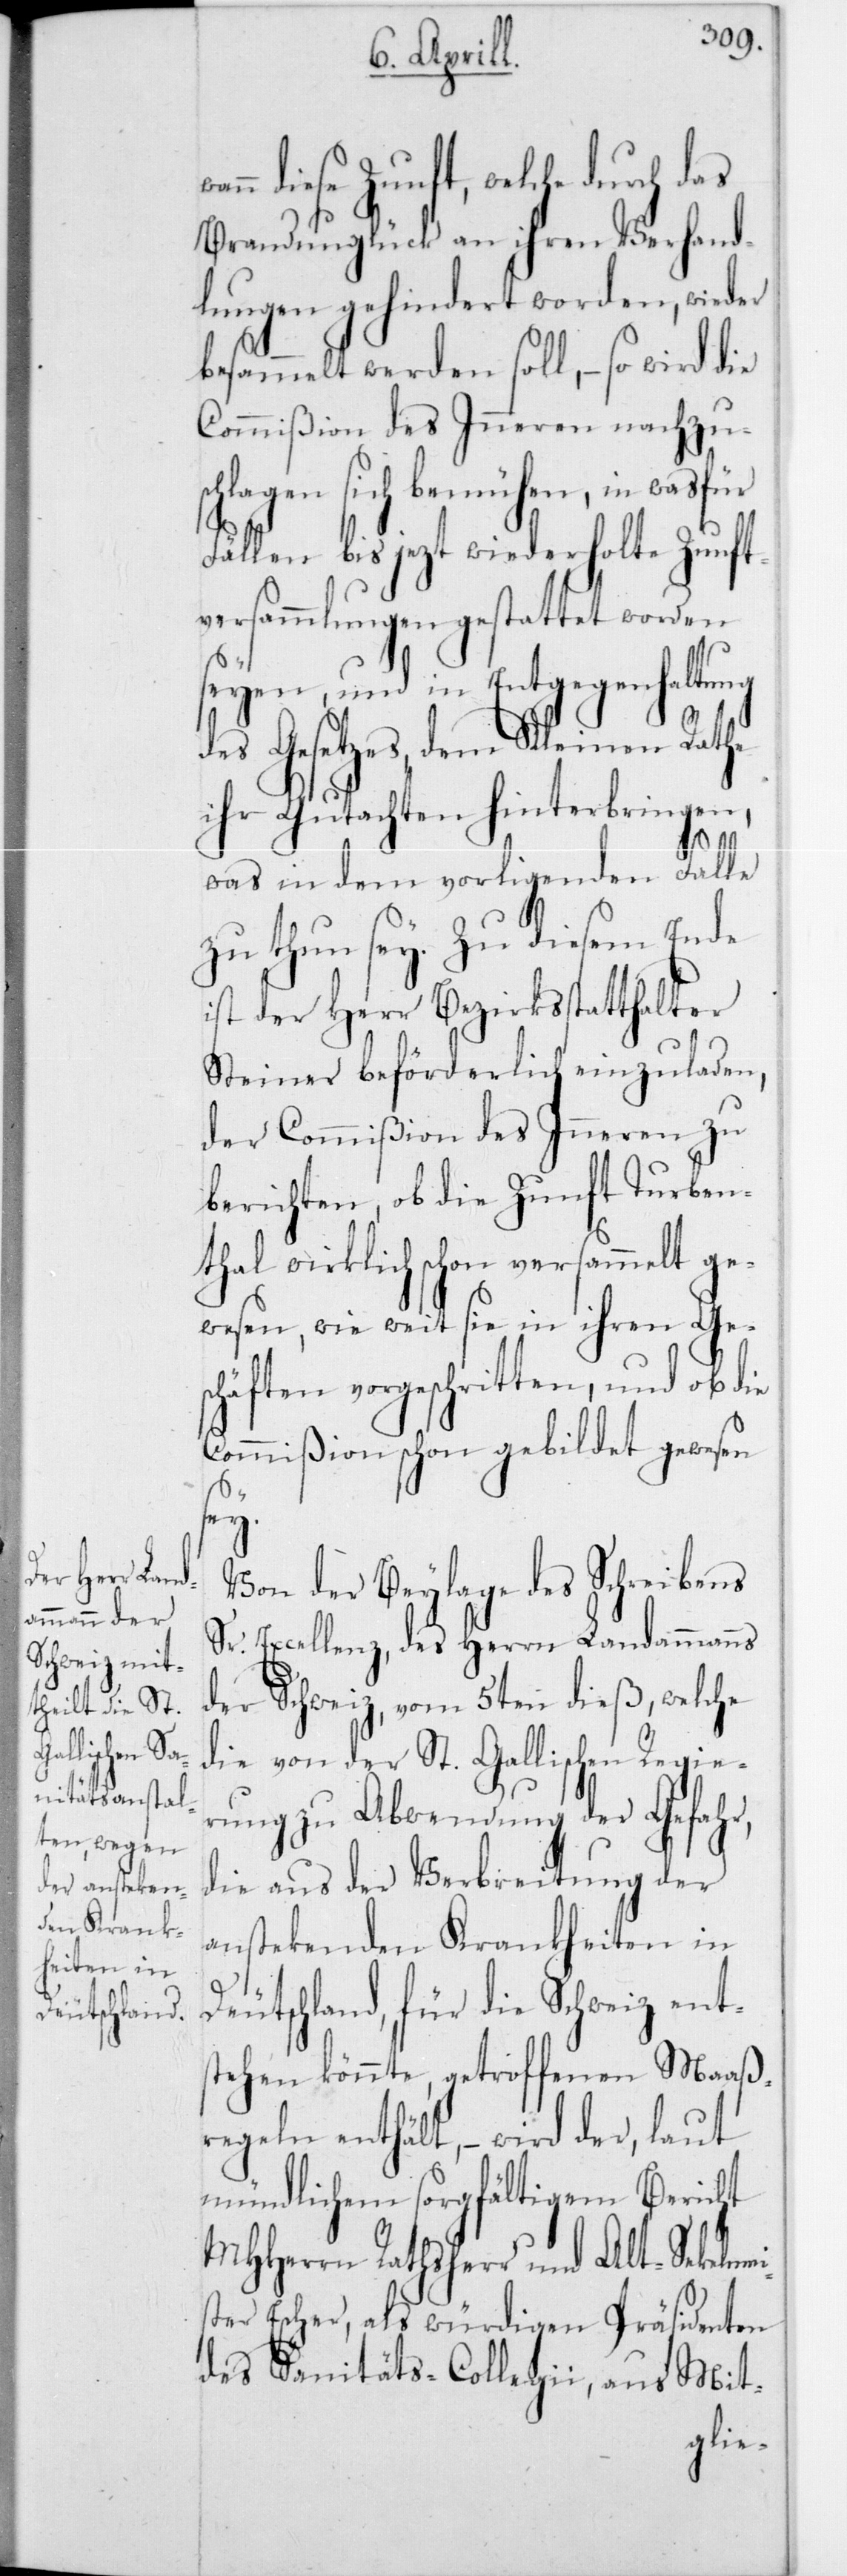
n diese Zunft, welche durch das
Brandunglück an ihren Verhand¬
lungen gehindert worden, wieder
besammelt werden soll, – so wird die
Commißion des Innern nachzus¬
wan¬
chlagen sich bemühen, in
Fällen bis jezt wiederholte Zunft¬
versammlungen gestattet worden
seyen, und in Entgegenhaltung
des Gesetzes, dem Kleinen Rathe
ihr Gutachten hinterbringen,
was in dem vorliegenden Falle
zu thun sey. Zu diesem Ende
ist der Herr Bezirksstatthalter
Steiner beförderlich einzuladen,
der Commißion des Inneren zu
berichten, ob die Zunft Turben¬
thal wirklich schon versammelt ge¬
wesen, wie weit sie in ihren Ges¬
chäften vorgeschritten, und ob die
Commißion schon gebildet gewesen
ei¬
Von der Beylage des Schreibens
Sr. Excellenz, des Herrn Landammanns
der Schweiz, vom 5ten dieß, welche
die von der St. Gallischen Regie¬
rung zu Abwendung der Gefahr,
die aus der Verbreitung der
anstekenden Krankheiten in
Deutschland, für die Schweiz ents¬
tehen könnte, getroffenen Maaß¬
regeln enthält, – wird der, laut
mündlichem sorgfältigem Bericht
MHHerrn Rathsherr und Alt-Sekelm¬
ster Escher, als würdigen Präsidenten
des Sanitäts-Collegii, aus Mit-